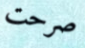
صرحت